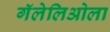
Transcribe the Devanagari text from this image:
गॅलेलिओला